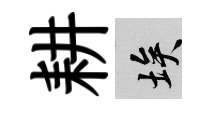
耕埃